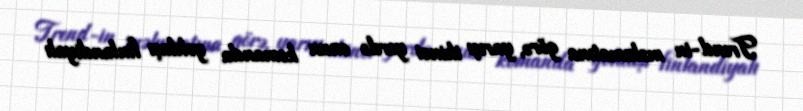
Trend-in məlumatına görə, yarışı ikinci yerdə onun komanda yoldaşı finlandiyalı